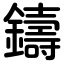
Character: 鑄